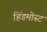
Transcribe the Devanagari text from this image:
हिंडमोस्ट